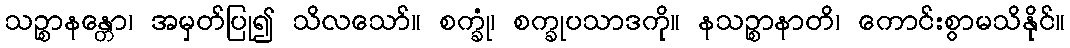
သဉ္စာနန္တော၊ အမှတ်ပြု၍ သိလသော်။ စက္ခုံ၊ စက္ခုပသာဒကို။ နသဉ္စာနာတိ၊ ကောင်းစွာမသိနိုင်။